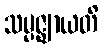
သမ္ပဇ္ဈာယတိ